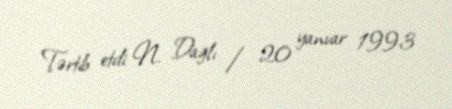
Tərtib etdi: N. Dağlı / 20 yanvar 1993